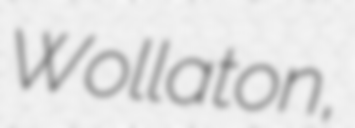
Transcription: Wollaton,